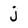
Character: j